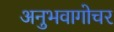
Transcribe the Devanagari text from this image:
अनुभवागोचर